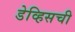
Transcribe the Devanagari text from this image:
डेव्हिसची